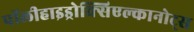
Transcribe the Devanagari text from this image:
पॉलीहाइड्रोक्सिएल्कानोट्स